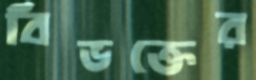
বিভক্তের